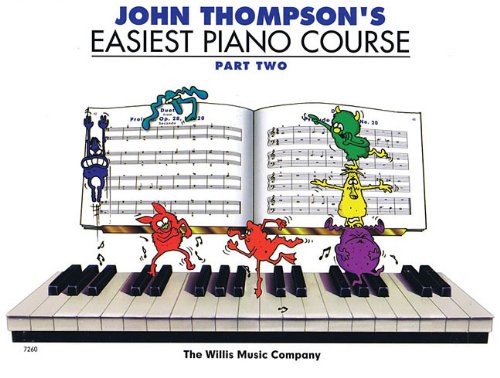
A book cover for John Thompson's Easiest Piano Course - Part 2 - Book Only; John Thompson; Humor & Entertainment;